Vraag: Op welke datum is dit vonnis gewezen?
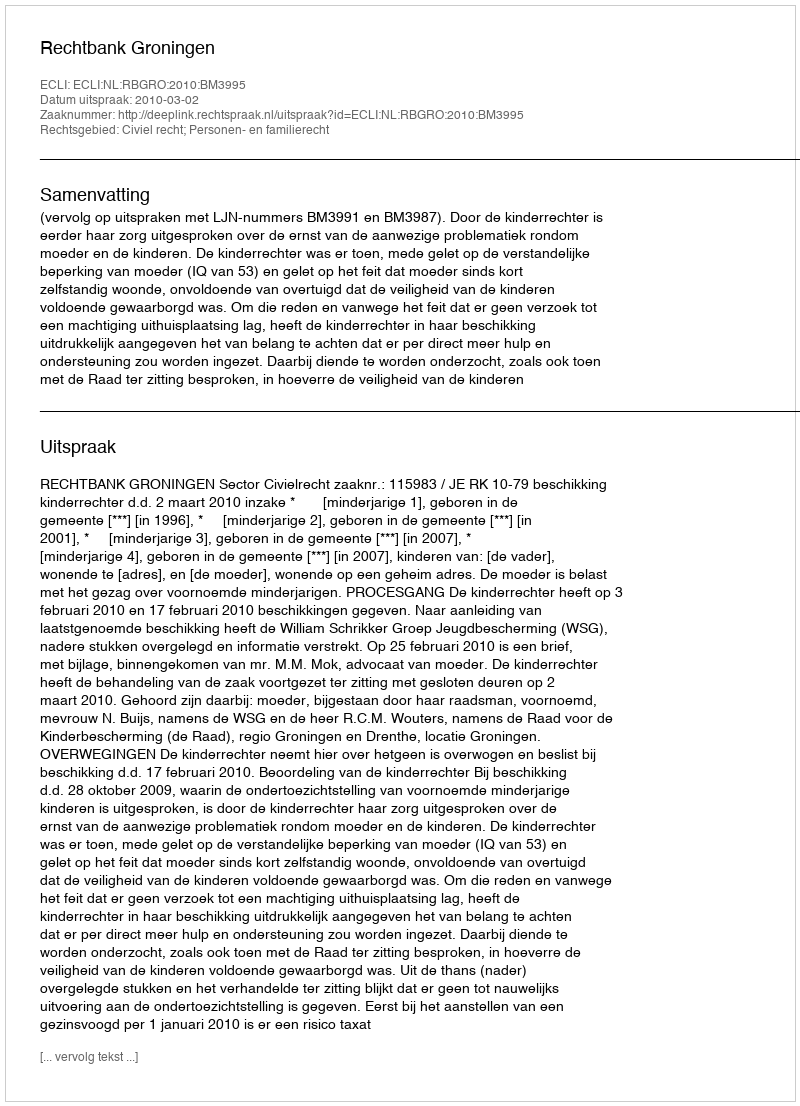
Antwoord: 2010-03-02